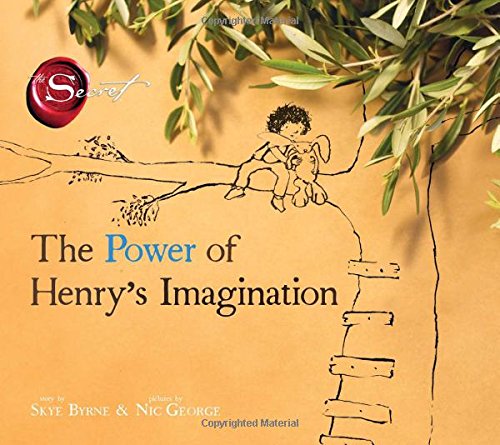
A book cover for The Power of Henry's Imagination (The Secret); Skye Byrne; Children's Books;